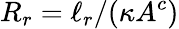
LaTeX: R_{r}=\ell_{r}/(\kappa A^{c})